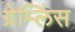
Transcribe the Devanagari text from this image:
ग्रेम्लिंस